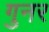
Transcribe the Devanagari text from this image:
गुनर